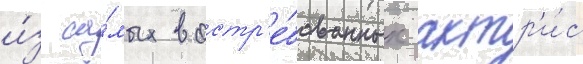
и́з са́мых востр'е́бованных актр'и́с